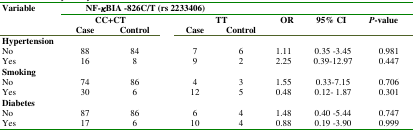
<table><thead><tr><td rowspan="2"><b>Variable</b></td><td colspan="4"><b>NF-κBIA -826C/T (rs 2233406)</b></td><td colspan="3"></td></tr><tr><td colspan="2"><b>CC+CT</b></td><td colspan="2"><b>TT</b></td><td rowspan="2"><b>OR</b></td><td rowspan="2"><b>95% CI </b></td><td rowspan="2"><b><i>P</i>-value</b></td></tr><tr><td></td><td><b>Case</b></td><td><b>Control</b></td><td><b>Case</b></td><td><b>Control</b></td></tr><tr><td><b>Hypertension</b></td><td></td><td></td><td></td><td></td><td></td><td></td><td></td></tr></thead><tbody><tr><td>No</td><td>88</td><td>84</td><td>7</td><td>6</td><td>1.11</td><td>0.35 -3.45</td><td>0.981</td></tr><tr><td>Yes</td><td>16</td><td>8</td><td>9 </td><td>2</td><td>2.25</td><td>0.39-12.97</td><td>0.447</td></tr><tr><td><b>Smoking</b></td><td></td><td></td><td></td><td></td><td></td><td></td><td></td></tr><tr><td>No</td><td>74</td><td>86</td><td>4</td><td>3</td><td>1.55</td><td>0.33-7.15</td><td>0.706</td></tr><tr><td>Yes </td><td>30</td><td>6</td><td>12</td><td>5</td><td>0.48</td><td>0.12- 1.87</td><td>0.301</td></tr><tr><td><b>Diabetes</b></td><td></td><td></td><td></td><td></td><td></td><td></td><td></td></tr><tr><td>No</td><td>87</td><td>86</td><td>6</td><td>4</td><td>1.48</td><td>0.40 -5.44</td><td>0.747</td></tr><tr><td>Yes </td><td>17</td><td>6</td><td>10</td><td>4</td><td>0.88</td><td>0.19 -3.90</td><td>0.999</td></tr></tbody></table>